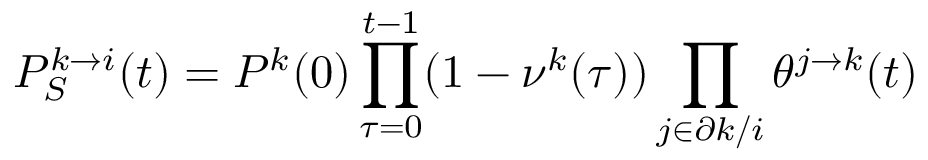
P _ { S } ^ { k \to i } ( t ) = P ^ { k } ( 0 ) \prod _ { \tau = 0 } ^ { t - 1 } ( 1 - \nu ^ { k } ( \tau ) ) \prod _ { j \in \partial k / i } \theta ^ { j \to k } ( t )